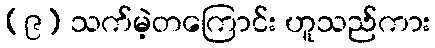
(၉) သက်မဲ့တကြောင်း ဟူသည်ကား